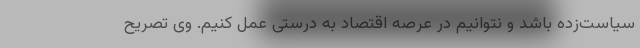
سیاست‌زده باشد و نتوانیم در عرصه اقتصاد به درستی عمل کنیم. وی تصریح